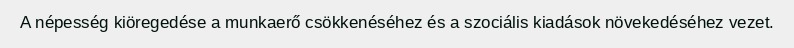
A népesség kiöregedése a munkaerő csökkenéséhez és a szociális kiadások növekedéséhez vezet.